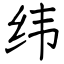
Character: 纬